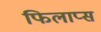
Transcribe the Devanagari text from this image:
फिलाप्स